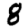
Digit: 8